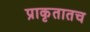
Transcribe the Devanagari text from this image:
प्राकृतातच